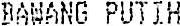
BAWANG PUTIH